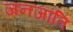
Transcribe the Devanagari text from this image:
जनजाति